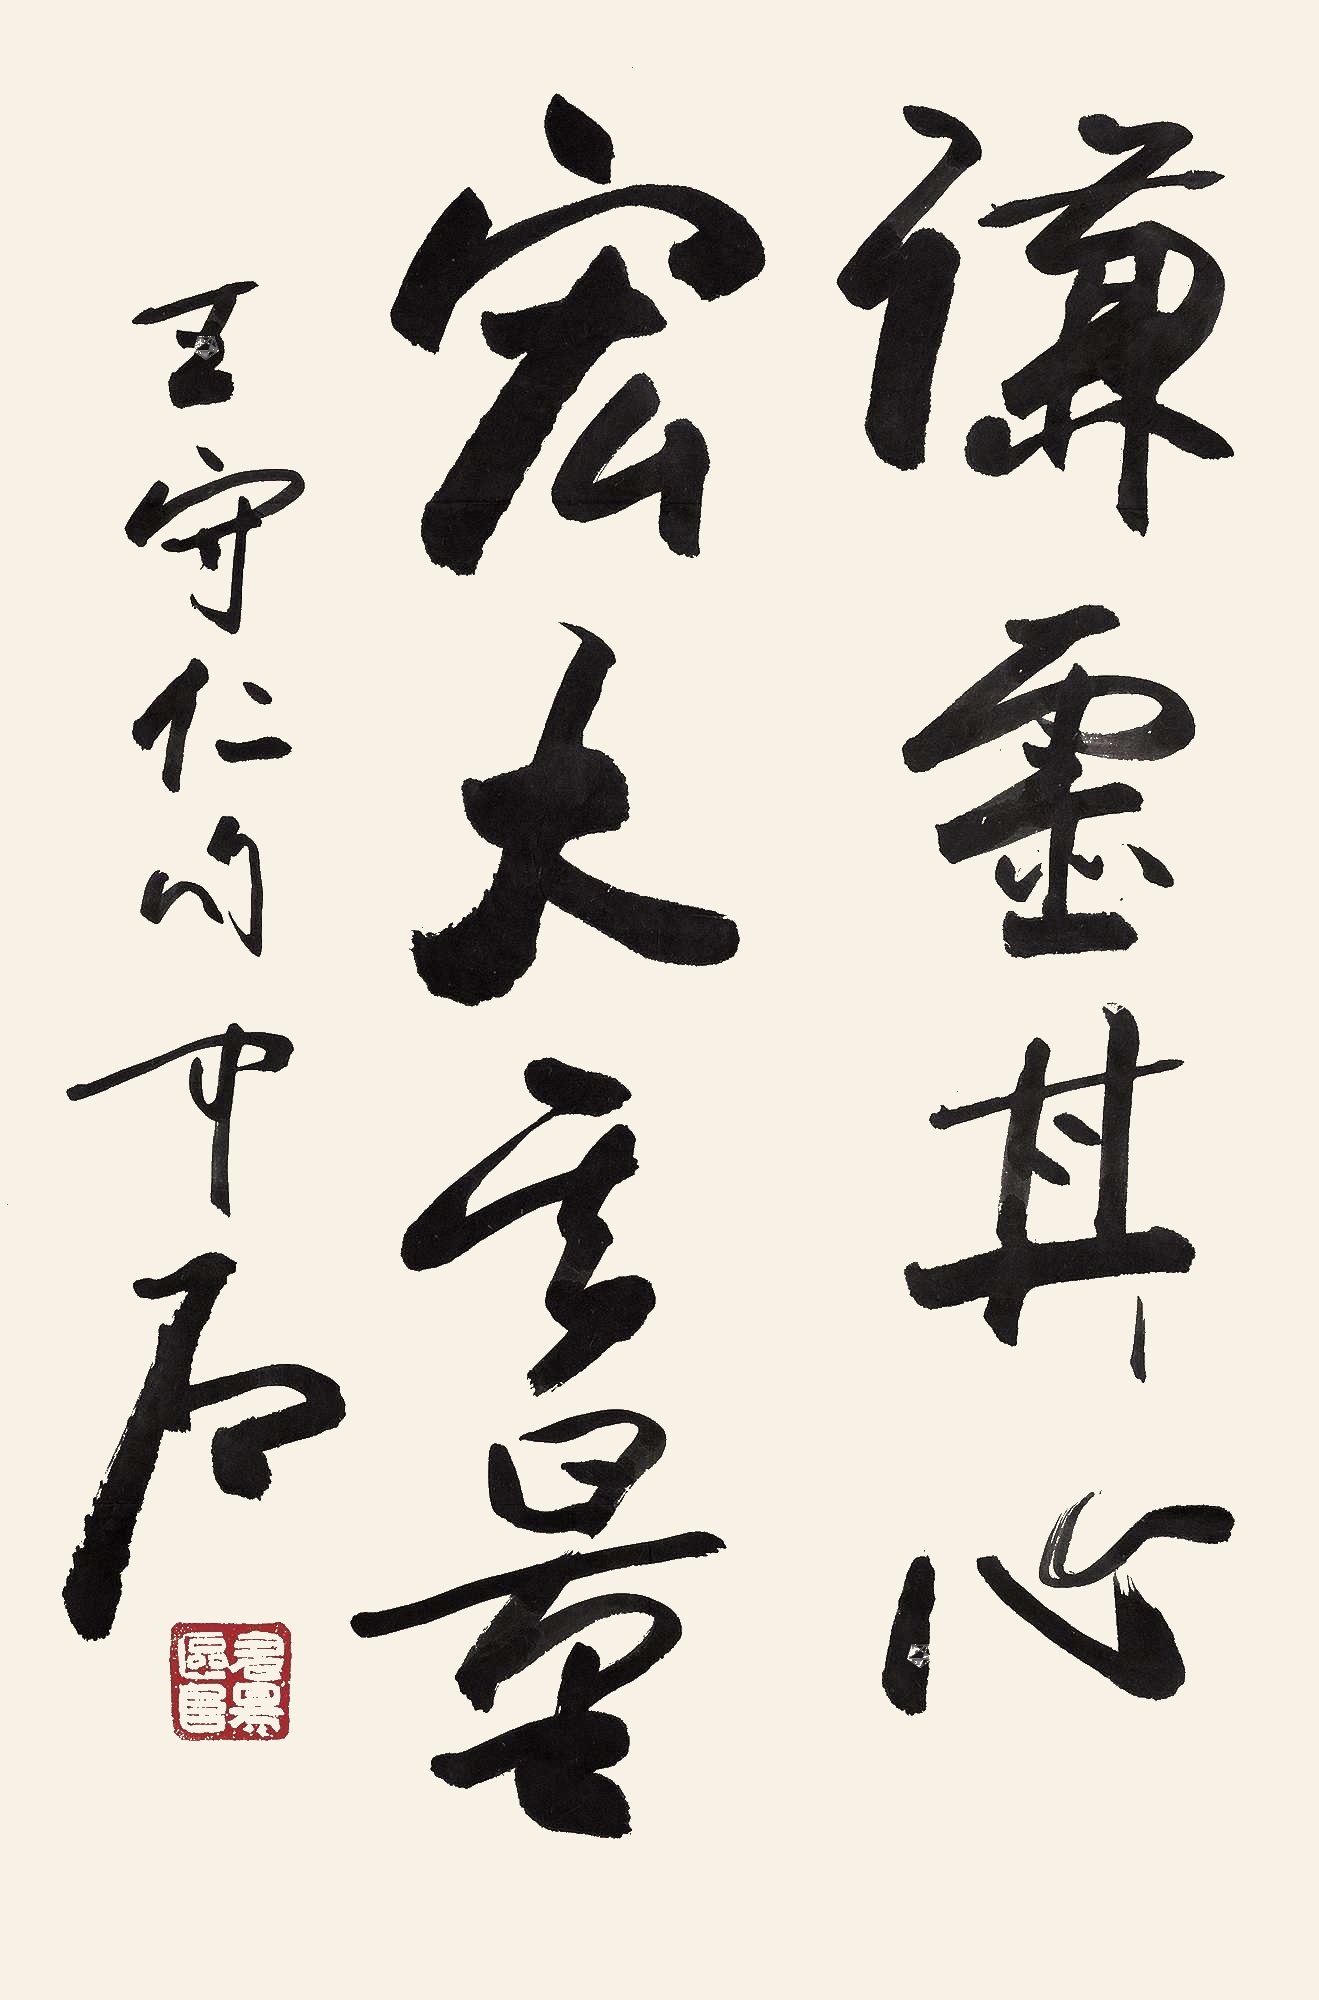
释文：谦虚其心，宏大其量。王守仁句，中石。